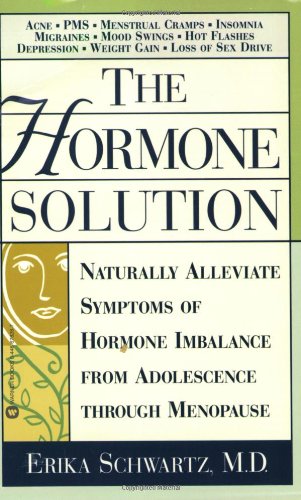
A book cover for The Hormone Solution: Naturally  Alleviate  Symptoms of Hormone Imbalance from Adolescence Through Menopause; Erika Schwartz; Reference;